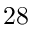
\boldsymbol { 2 8 }